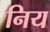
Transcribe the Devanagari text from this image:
निय